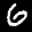
Label: 6